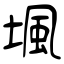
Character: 堸